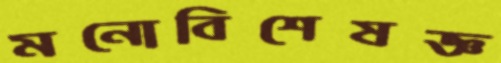
মনোবিশেষজ্ঞ